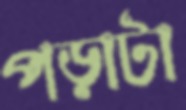
পড়াটা